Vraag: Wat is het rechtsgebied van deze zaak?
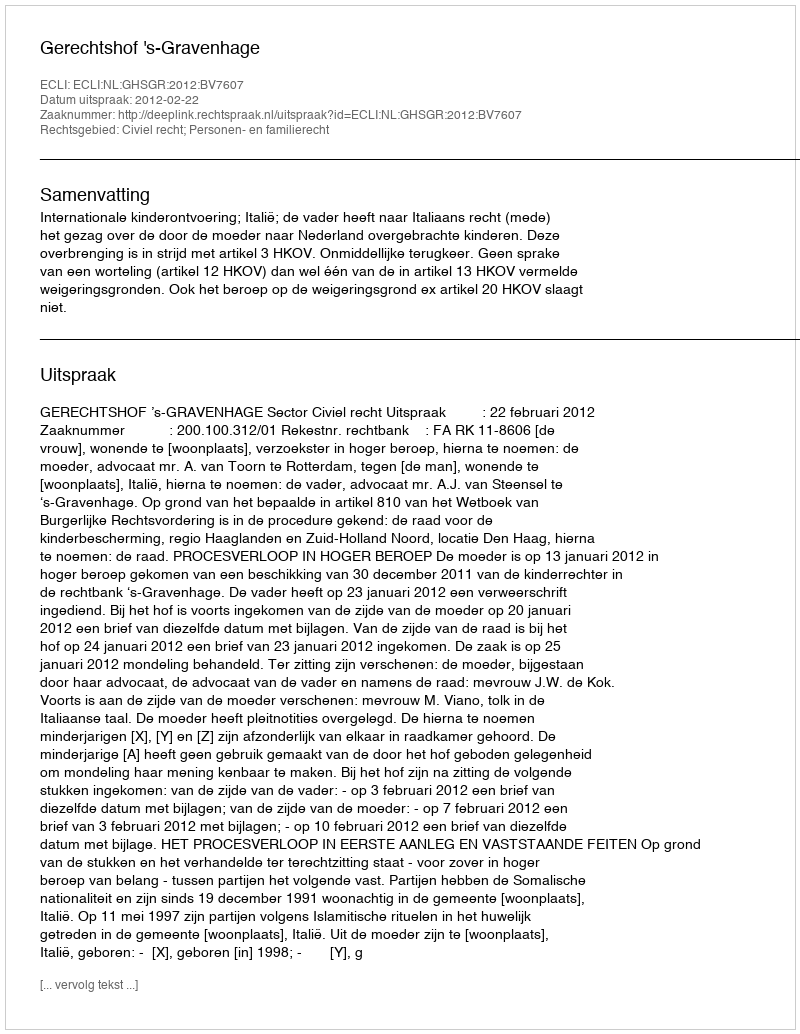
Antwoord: Civiel recht; Personen- en familierecht